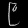
Digit: ၉